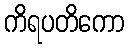
ကိရပတိကော